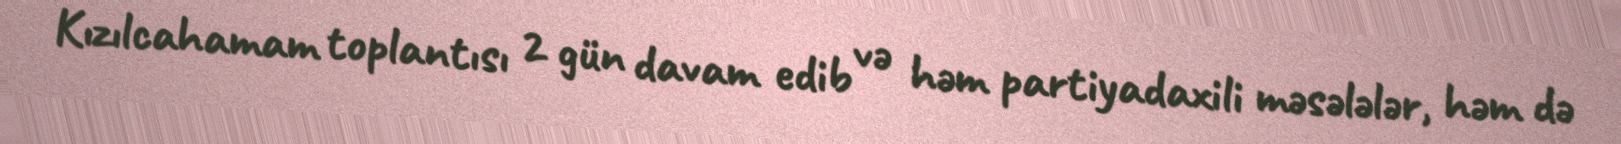
Kızılcahamam toplantısı 2 gün davam edib və həm partiyadaxili məsələlər, həm də